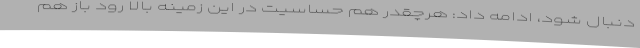
دنبال شود، ادامه داد: هرچقدر هم حساسیت در این زمینه بالا رود باز هم